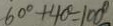
6 0 ^ { \circ } + 4 0 ^ { \circ } = 1 0 0 ^ { \circ }